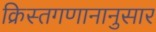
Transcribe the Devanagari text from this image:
क्रिस्तगणानानुसार